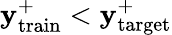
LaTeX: \mathbf{y}_{\mathrm{{train}}}^{+}<\mathbf{y}_{\mathrm{{target}}}^{+}